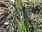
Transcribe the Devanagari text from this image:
१९४२।